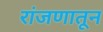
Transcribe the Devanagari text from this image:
रांजणातून